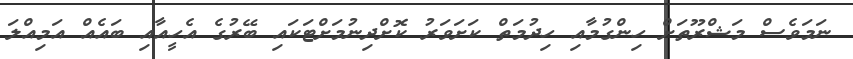
ނަމަވެސް މަޝްރޫތަށް ހިންގުމާއި ހިދުމަތް ކަށަވަރު ކޮށްދިނުމަށްޓަކައި ބޭރުގެ އެހީއާއި ބައެއް އަމިއްލަ